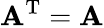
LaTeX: \mathbf A^{\textrm{T}}=\mathbf A